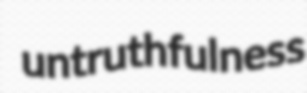
untruthfulness